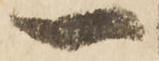
一